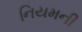
નિયમની